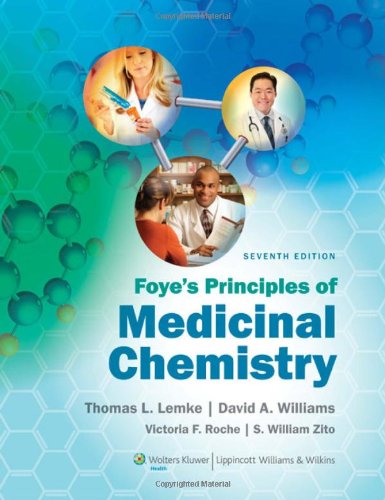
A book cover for Foye's Principles of Medicinal Chemistry; Medical Books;